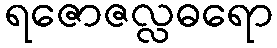
ရဇောဇလ္လဓရော